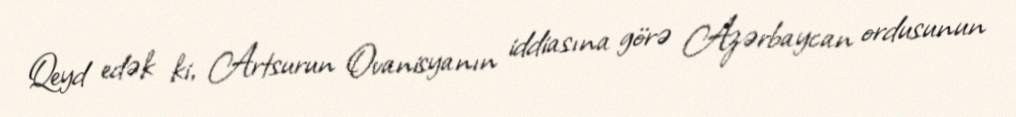
Qeyd edək ki, Artsurun Ovanisyanın iddiasına görə Azərbaycan ordusunun